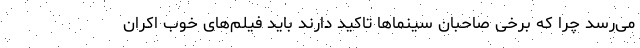
می‌رسد چرا که برخی صاحبان سینماها تاکید دارند باید فیلم‌های خوب اکران